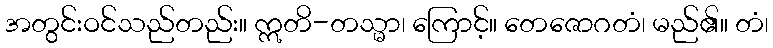
အတွင်းဝင်သည်တည်း။ ဣတိ-တသ္မာ၊ ကြောင့်။ တေဇောဂတံ၊ မည်၏။ တံ၊